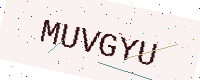
Text: MUVGYU